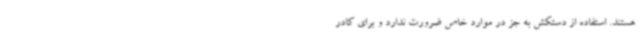
هستند. استفاده از دستکش به جز در موارد خاص ضرورت ندارد و برای کادر